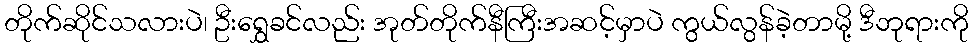
တိုက်ဆိုင်သလားပဲ၊ ဦးရွှေခင်လည်း အုတ်တိုက်နီကြီးအဆင့်မှာပဲ ကွယ်လွန်ခဲ့တာမို့ ဒီဘုရားကို